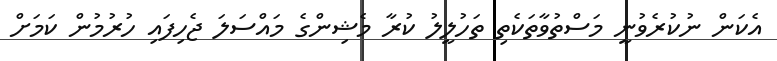
އެކަން ނުކުރެވުނީ މަސްތުވާތަކެތި ތަހުލީލު ކުރާ މެޝިންގެ މައްސަލަ ޖެހިފައި ހުރުމުން ކަމަށް